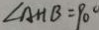
\angle A H B = 9 0 ^ { \circ }